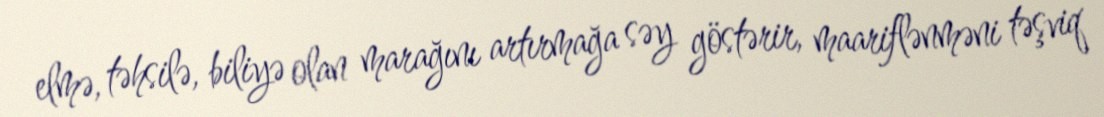
elmə, təhsilə, biliyə olan marağını artırmağa səy göstərir, maariflənməni təşviq